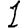
Digit: 1